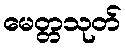
မေတ္တသုတ်